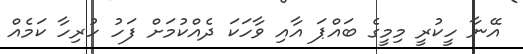
އޭނާ ހީކުރީ މިމީގެ ބައްޕަ އާއި ވާހަކަ ދެއްކުމަށް ފަހު ހުރިހާ ކަމެއް